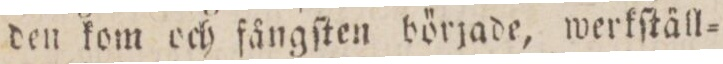
den kom och fångſten började, werkſtäll=